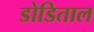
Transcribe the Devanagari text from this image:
डोडिताल